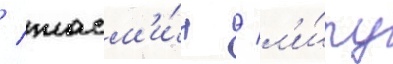
/ жасм'и́н / л'и́пу